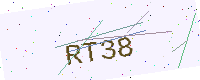
Text: RT38